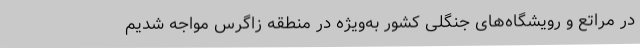
در مراتع و رویشگاه‌های جنگلی کشور به‌ویژه در منطقه زاگرس مواجه شدیم